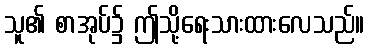
သူ၏ စာအုပ်၌ ဤသို့ရေးသားထားလေသည်။